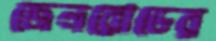
জেলরোডের